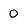
Character: 0